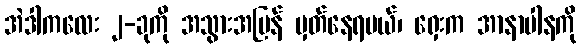
အဲဒါကလေး ၂-ခုကို အသွားအပြန် မှတ်နေရမယ်၊ ရှေးက အာနာပါနကို